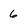
Character: 6